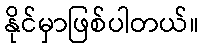
နိုင်မှာဖြစ်ပါတယ်။